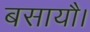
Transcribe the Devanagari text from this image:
बसायौ।